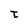
Character: t